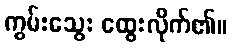
ကွမ်းသွေး ထွေးလိုက်၏။